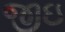
જીઇ